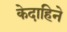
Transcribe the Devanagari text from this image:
केदाहिने